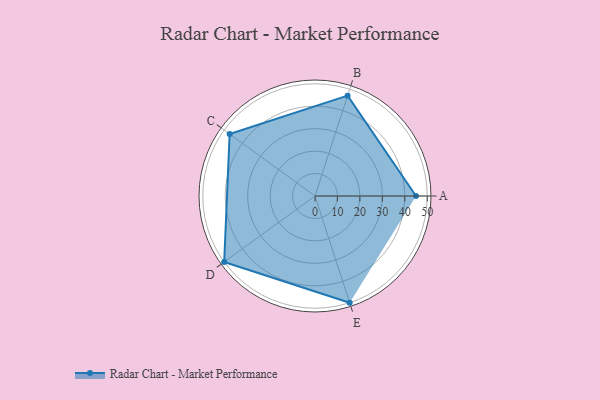
{"axis": {"x": "Skill", "y": "Score"}, "legend": ["Profile"], "data": [{"x": "A", "y": 45.0, "type": "Profile"}, {"x": "B", "y": 47.0, "type": "Profile"}, {"x": "C", "y": 47.0, "type": "Profile"}, {"x": "D", "y": 50.0, "type": "Profile"}, {"x": "E", "y": 50.0, "type": "Profile"}]}